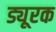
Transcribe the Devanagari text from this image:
ड्यूरक